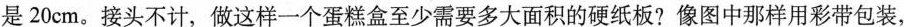
是20cm。接头不计，做这样一个蛋糕盒至少需要多大面积的硬纸板?像图中那样用彩带包装，